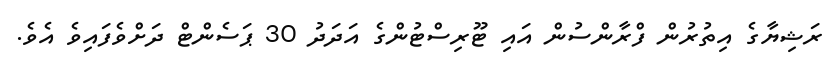
ރަޝިޔާގެ އިތުރުން ފްރާންސުން އައި ޓޫރިސްޓުންގެ އަދަދު 30 ޕަސެންޓް ދަށްވެފައިވެ އެވެ.